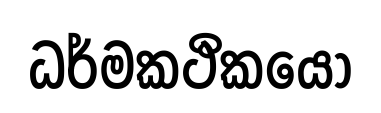
ධර්මකථිකයො